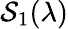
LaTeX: {\cal S}_{1}(\lambda)